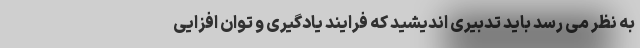
به نظر می رسد باید تدبیری اندیشید که فرایند یادگیری و توان افزایی